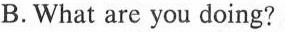
B.What are you doing?